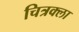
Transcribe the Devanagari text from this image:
चित्रक्ला